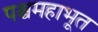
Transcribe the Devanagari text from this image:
पश्चमहाभूत